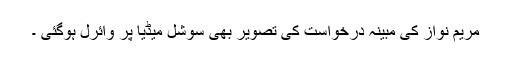
مریم نواز کی مبینہ درخواست کی تصویر بھی سوشل میڈیا پر وائرل ہوگئی ۔